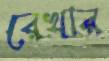
রেখার